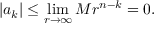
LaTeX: | a _ { k } | \leq \operatorname* { l i m } _ { r \to \infty } M r ^ { n - k } = 0 .